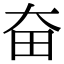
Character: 奋